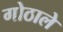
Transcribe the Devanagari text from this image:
गोठाले